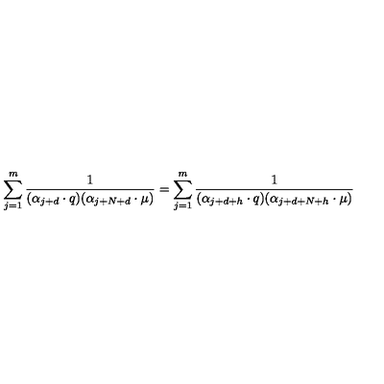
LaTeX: \sum _ { j = 1 } ^ { m } { \frac { 1 } { ( \alpha _ { j + d } \cdot q ) ( \alpha _ { j + N + d } \cdot \mu ) } } = \sum _ { j = 1 } ^ { m } { \frac { 1 } { ( \alpha _ { j + d + h } \cdot q ) ( \alpha _ { j + d + N + h } \cdot \mu ) } }